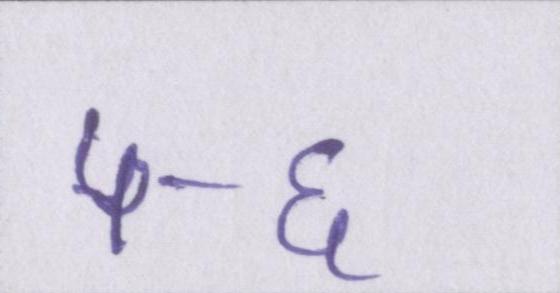
५-६